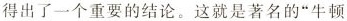
得出了一个重要的结论。这就是著名的”牛顿